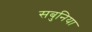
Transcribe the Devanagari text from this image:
सबुनिया